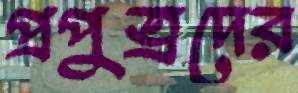
প্রপুত্রদের